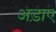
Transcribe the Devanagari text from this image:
अड़ाए